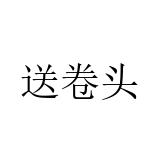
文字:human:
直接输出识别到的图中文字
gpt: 送卷头